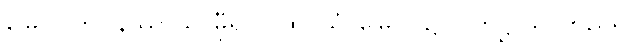
မြေပြင်ကို။ နိဿာယ၊ မှီ၍။ ပထဝိယံ၊ မြေပြင်၌။ ပတိဋ္ဌာယ၊ တည်၍။